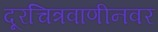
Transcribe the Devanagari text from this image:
दूरचित्रवाणीनवर